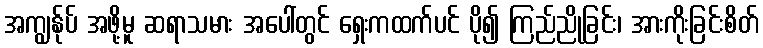
အကျွန်ုပ် အဖို့မူ ဆရာသမား အပေါ်တွင် ရှေးကထက်ပင် ပို၍ ကြည်ညိုခြင်း၊ အားကိုးခြင်းစိတ်